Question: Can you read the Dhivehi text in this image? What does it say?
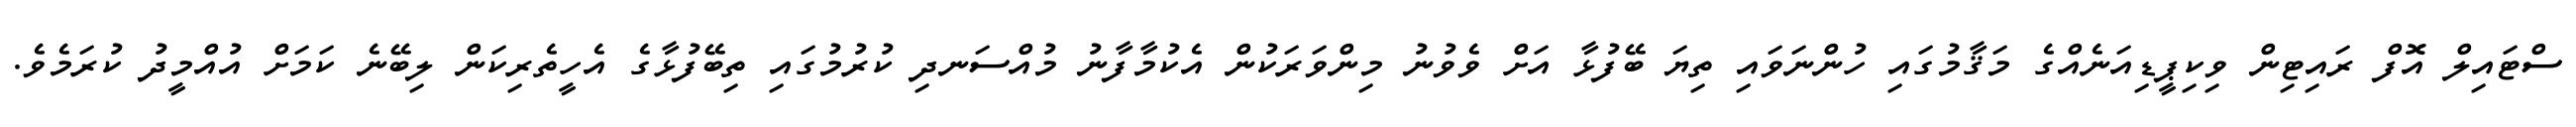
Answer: ސްޓައިލް އޮފް ރައިޓިން ވިކިޕީޑިއަނެއްގެ މަޤާމުގައި ހުންނަވައި ތިޔަ ބޭފުޅާ އަށް ވެވުނު މިންވަރަކުން އެކުމާފާނު މުއްސަނދި ކުރުމުގައި ތިބޭފުޅާގެ އެހީތެރިކަން ލިބޭނެ ކަމަށް އުއްމީދު ކުރަމެވެ.